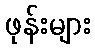
ဖုန်းများ